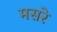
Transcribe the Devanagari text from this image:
मसरे